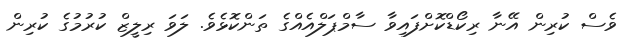
ވެސް ކުރިން އޭނާ ރިކޯޑްކޮށްފައިވާ ސާމްޕަލްއެއްގެ ތަންކޮޅެވެ. ލަވަ ރިލީޒް ކުރުމުގެ ކުރިން